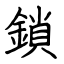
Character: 鎖